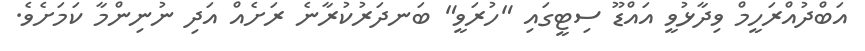
އަބްދުއްރަހީމް ވިދާޅުވީ އައްޑޫ ސިޓީގައި "ހުރަވީ" ބަނދަރުކުރާނެ ރަށެއް އަދި ނުނިންމާ ކަމަށެވެ.